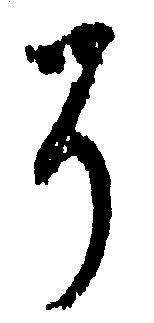
そ